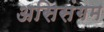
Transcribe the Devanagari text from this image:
असिसंगम